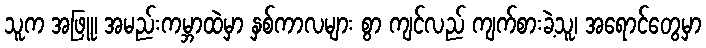
သူက အဖြူ၊ အမည်းကမ္ဘာထဲမှာ နှစ်ကာလများ စွာ ကျင်လည် ကျက်စားခဲ့သူ၊ အရောင်တွေမှာ